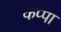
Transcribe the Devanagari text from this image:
कप्‍पा